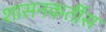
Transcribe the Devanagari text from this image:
शासनकर्तीस